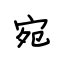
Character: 宛